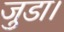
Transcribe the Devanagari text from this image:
जुडा।